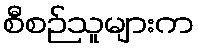
စီစဉ်သူများက